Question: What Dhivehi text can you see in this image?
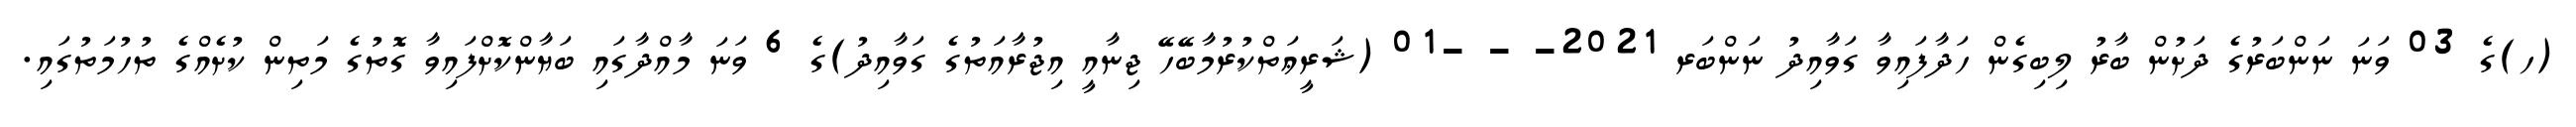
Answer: (ހ)ގެ 03 ވަނަ ނަންބަރުގެ ދަށުން ބާރު ލިބިގެން ހަދާފައިވާ ގަވާއިދު ނަންބަރ 2021- - -01 (ޝަރީޢަތްކުރުމާބޭހޭ ޖިނާއީ އިޖުރާއަތުގެ ގަވާއިދު)ގެ 6 ވަނަ މާއްދާގައި ބަޔާންކޮށްފައިވާ ގޮތުގެ މަތިން ކުށެއްގެ ތުހުމަތުގައި.